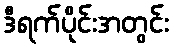
ဒီရက်ပိုင်းအတွင်း